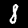
Digit: 8